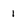
Character: 1